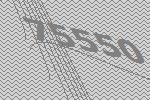
75550